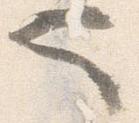
也